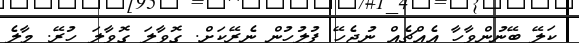
ކަލޭ ބޭނުންވާހާ އެއްޗެއް ނުޖެހޭ ފުލުހުން ނެރޭކަށް. ގޮވާލަ ގޮވާލަ ހުރޭ. މާލެ